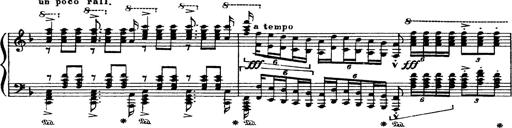
Title: Paraphrase de concert sur Ernani II
Composer: Franz Liszt